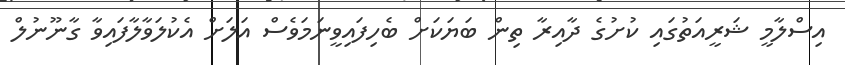
އިސްލާމީ ޝަރީއަތުގައި ކުށުގެ ދާއިރާ ތިން ބަޔަކަށް ބެހިފައިވީނަމަވެސް އަލަށް އެކުލަވާލާފައިވާ ގާނޫނުލް